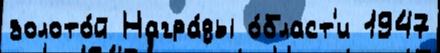
золото́й Награ́ды о́бласт'и 1947